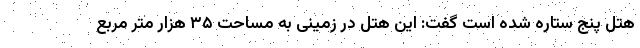
هتل پنج ستاره شده است گفت: این هتل در زمینی به مساحت ۳۵ هزار متر مربع